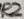
Text: R2